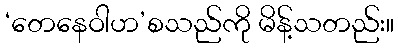
‘တေနေဝါဟ’စသည်ကို မိန့်သတည်း။